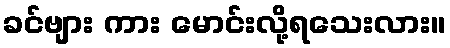
ခင်ဗျား ကား မောင်းလို့ရသေးလား။